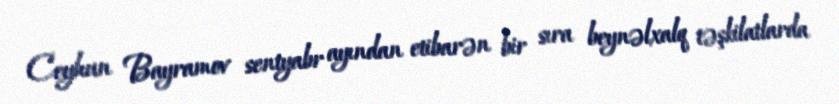
Ceyhun Bayramov sentyabr ayından etibarən bir sıra beynəlxalq təşkilatlarda